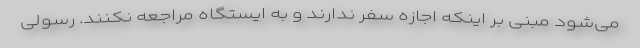
می‌شود مبنی بر اینکه اجازه سفر ندارند و به ایستگاه مراجعه نکنند. رسولی